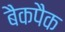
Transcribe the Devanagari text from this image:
बैकपैक